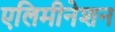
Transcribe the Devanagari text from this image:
एलिमीनेशन